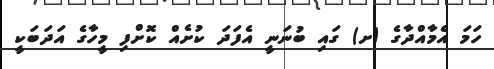
ހަމަ އެމާއްދާގެ (ށ) ގައި ބުނަނީ އެފަދަ ކުށެއް ކޮށްފި މީހާގެ އަދަބަކީ